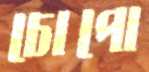
চোপো